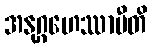
အနုဂ္ဂဟေဿာမီတိ